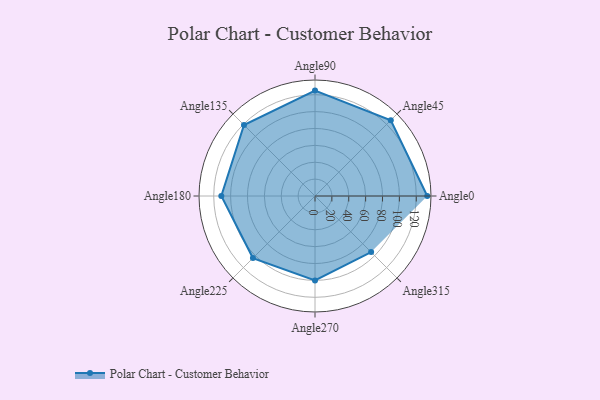
{"axis": {"x": "Angle", "y": "Radius"}, "legend": [""], "data": [{"x": "Angle0", "y": 133.0, "type": ""}, {"x": "Angle45", "y": 127.0, "type": ""}, {"x": "Angle90", "y": 125.0, "type": ""}, {"x": "Angle135", "y": 119.0, "type": ""}, {"x": "Angle180", "y": 111.0, "type": ""}, {"x": "Angle225", "y": 104.0, "type": ""}, {"x": "Angle270", "y": 100.0, "type": ""}, {"x": "Angle315", "y": 94.0, "type": ""}]}